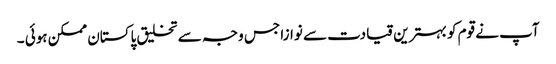
آپ نے قوم کو بہترین قیادت سے نوازا جس وجہ سے تخلیق پاکستان ممکن ہوئی ۔